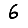
Digit: 6